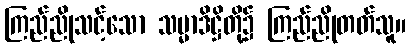
ကြည်ညိုသင့်သော သမ္မာဒိဋ္ဌိတို့၌ ကြည်ညိုတတ်သူ။